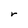
Character: r